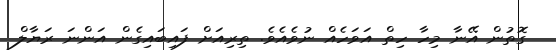
ގޮތުން އޭނާ މިހާ ހިތް އަވަހެއް ނުވެއެވެ. ތިރިއަށް ފައިބައިގެން އަންނަ ރަޔާލް